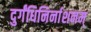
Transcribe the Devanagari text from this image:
दुर्गंधिनिर्नाशनम्